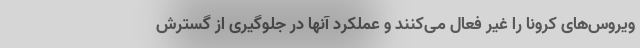
ویروس‌های کرونا را غیر فعال می‌کنند و عملکرد آنها در جلوگیری از گسترش